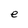
Character: e